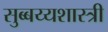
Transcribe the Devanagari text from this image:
सुब्बय्यशास्त्री